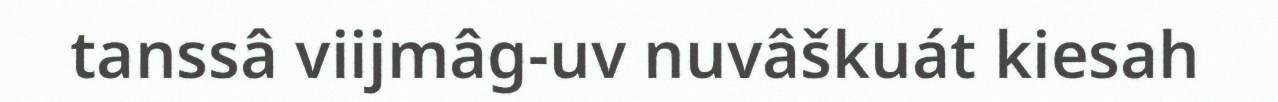
tanssâ viijmâg-uv nuvâškuát kiesah